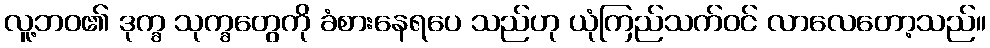
လူ့ဘဝ၏ ဒုက္ခ သုက္ခတွေကို ခံစားနေရပေ သည်ဟု ယုံကြည်သက်ဝင် လာလေတော့သည်။